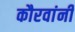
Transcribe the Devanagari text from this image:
कौरवांनीं